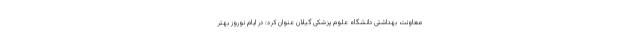
معاونت بهداشتی دانشگاه علوم پزشکی گیلان عنوان کرد: در ایام نوروز بهتر